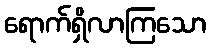
ရောက်ရှိလာကြသော